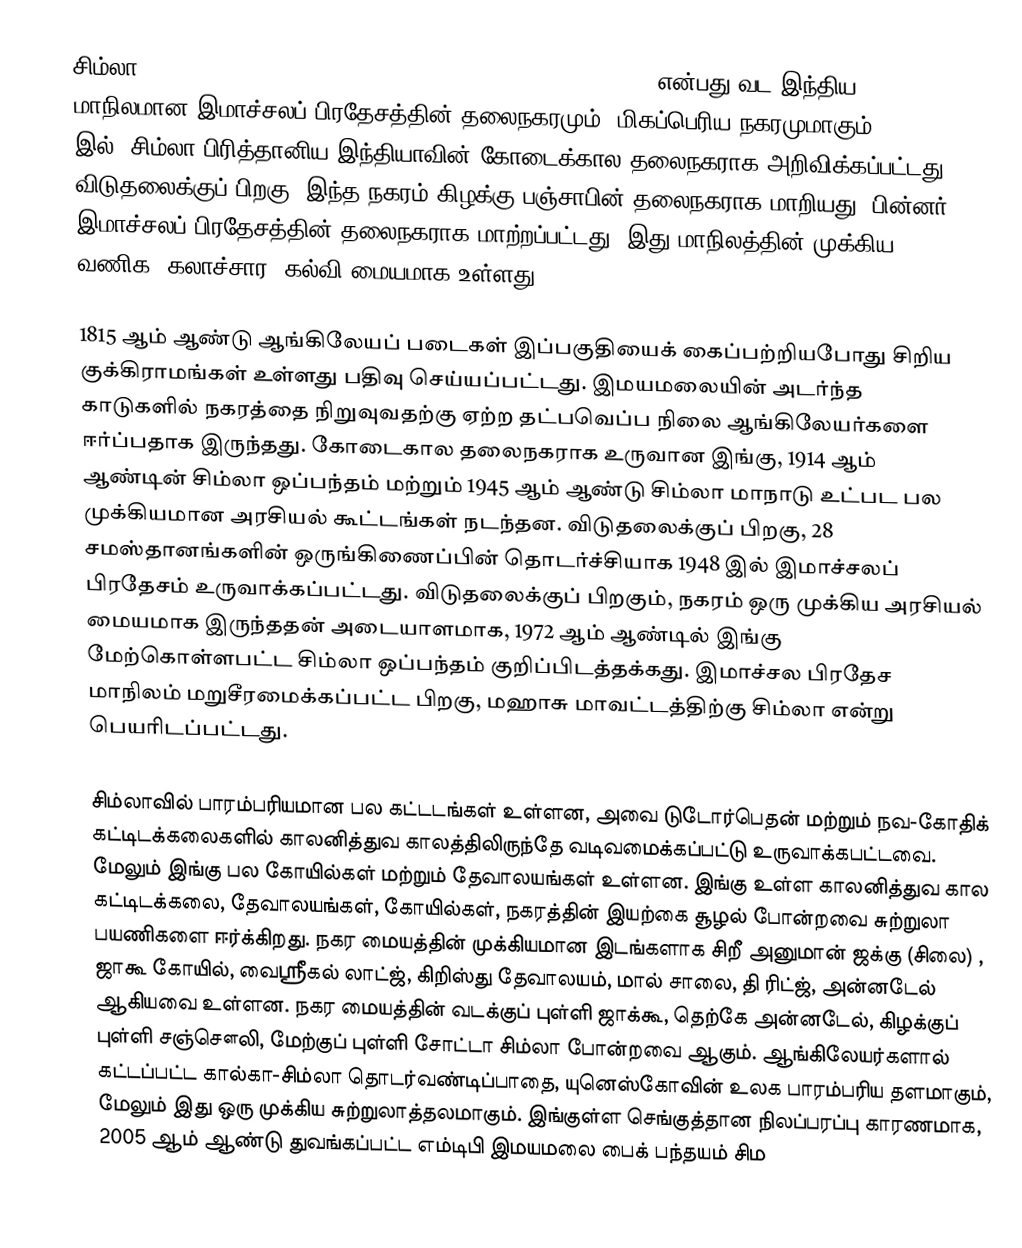
சிம்லா (Shimla  also known as Simla, the official name until 1972)  என்பது வட இந்திய மாநிலமான இமாச்சலப் பிரதேசத்தின் தலைநகரமும், மிகப்பெரிய நகரமுமாகும். 1864 இல், சிம்லா பிரித்தானிய இந்தியாவின்  கோடைக்கால தலைநகராக அறிவிக்கப்பட்டது. விடுதலைக்குப் பிறகு, இந்த நகரம் கிழக்கு பஞ்சாபின் தலைநகராக மாறியது. பின்னர் இமாச்சலப் பிரதேசத்தின் தலைநகராக மாற்றப்பட்டது. இது மாநிலத்தின் முக்கிய வணிக, கலாச்சார, கல்வி மையமாக உள்ளது.

1815 ஆம் ஆண்டு ஆங்கிலேயப் படைகள் இப்பகுதியைக் கைப்பற்றியபோது சிறிய குக்கிராமங்கள் உள்ளது பதிவு செய்யப்பட்டது. இமயமலையின் அடர்ந்த காடுகளில் நகரத்தை நிறுவுவதற்கு ஏற்ற தட்பவெப்ப நிலை ஆங்கிலேயர்களை ஈர்ப்பதாக இருந்தது. கோடைகால தலைநகராக உருவான இங்கு, 1914 ஆம் ஆண்டின் சிம்லா ஒப்பந்தம் மற்றும் 1945 ஆம் ஆண்டு சிம்லா மாநாடு உட்பட பல முக்கியமான அரசியல் கூட்டங்கள் நடந்தன. விடுதலைக்குப் பிறகு, 28 சமஸ்தானங்களின் ஒருங்கிணைப்பின் தொடர்ச்சியாக 1948 இல் இமாச்சலப் பிரதேசம் உருவாக்கப்பட்டது. விடுதலைக்குப் பிறகும், நகரம் ஒரு முக்கிய அரசியல் மையமாக இருந்ததன் அடையாளமாக, 1972 ஆம் ஆண்டில் இங்கு மேற்கொள்ளபட்ட சிம்லா ஒப்பந்தம் குறிப்பிடத்தக்கது. இமாச்சல பிரதேச மாநிலம் மறுசீரமைக்கப்பட்ட பிறகு,  மஹாசு மாவட்டத்திற்கு சிம்லா என்று பெயரிடப்பட்டது.

சிம்லாவில் பாரம்பரியமான பல கட்டடங்கள் உள்ளன, அவை டுடோர்பெதன் மற்றும் நவ-கோதிக் கட்டிடக்கலைகளில் காலனித்துவ காலத்திலிருந்தே வடிவமைக்கப்பட்டு உருவாக்கபட்டவை. மேலும் இங்கு பல கோயில்கள் மற்றும் தேவாலயங்கள் உள்ளன. இங்கு உள்ள காலனித்துவ கால கட்டிடக்கலை, தேவாலயங்கள், கோயில்கள், நகரத்தின் இயற்கை சூழல் போன்றவை சுற்றுலா பயணிகளை ஈர்க்கிறது. நகர மையத்தின் முக்கியமான இடங்களாக சிறீ  அனுமான் ஜக்கு (சிலை) , ஜாகூ கோயில், வைஸ்ரீகல் லாட்ஜ், கிறிஸ்து தேவாலயம், மால் சாலை, தி ரிட்ஜ், அன்னடேல் ஆகியவை உள்ளன. நகர மையத்தின் வடக்குப் புள்ளி ஜாக்கூ, தெற்கே அன்னடேல், கிழக்குப் புள்ளி சஞ்சௌலி, மேற்குப் புள்ளி சோட்டா சிம்லா போன்றவை ஆகும். ஆங்கிலேயர்களால் கட்டப்பட்ட கால்கா-சிம்லா தொடர்வண்டிப்பாதை, யுனெஸ்கோவின் உலக பாரம்பரிய தளமாகும், மேலும் இது ஒரு முக்கிய சுற்றுலாத்தலமாகும். இங்குள்ள செங்குத்தான நிலப்பரப்பு காரணமாக, 2005 ஆம் ஆண்டு துவங்கப்பட்ட எம்டிபி இமயமலை பைக் பந்தயம் சிம